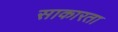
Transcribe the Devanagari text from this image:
साकारता